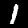
Label: 1